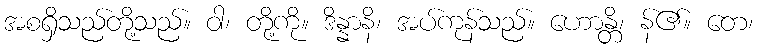
အစရှိသည်တို့သည်။ ဝါ၊ တို့ကို။ ဒိန္နာနိ၊ အပ်ကုန်သည်။ ဟောန္တိ၊ န်၏။ တေ၊